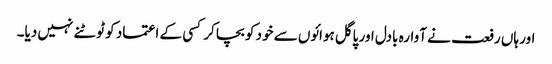
اور ہاں رفعت نے آوارہ بادل اور پاگل ہوائوں سے خود کو بچا کر کسی کے اعتماد کو ٹوٹنے نہیں دیا۔